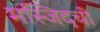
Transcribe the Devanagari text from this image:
मस्जिदची